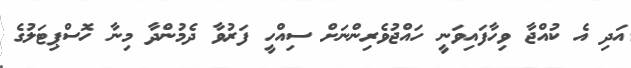
އަދި އެ ކުއްޖާ ވިހާފައިވަނީ ހައްޖުވެރިންނަށް ސިއްހީ ފަރުވާ ދެމުންދާ މިނާ ހޮސްޕިޓަލުގެ